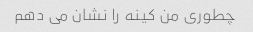
چطوری من کینه را نشان می دهم